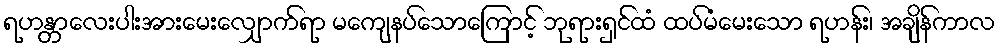
ရဟန္တာလေးပါးအားမေးလျှောက်ရာ မကျေနပ်သောကြောင့် ဘုရားရှင်ထံ ထပ်မံမေးသော ရဟန်း၊ အချိန်ကာလ